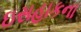
ઇસહાકના